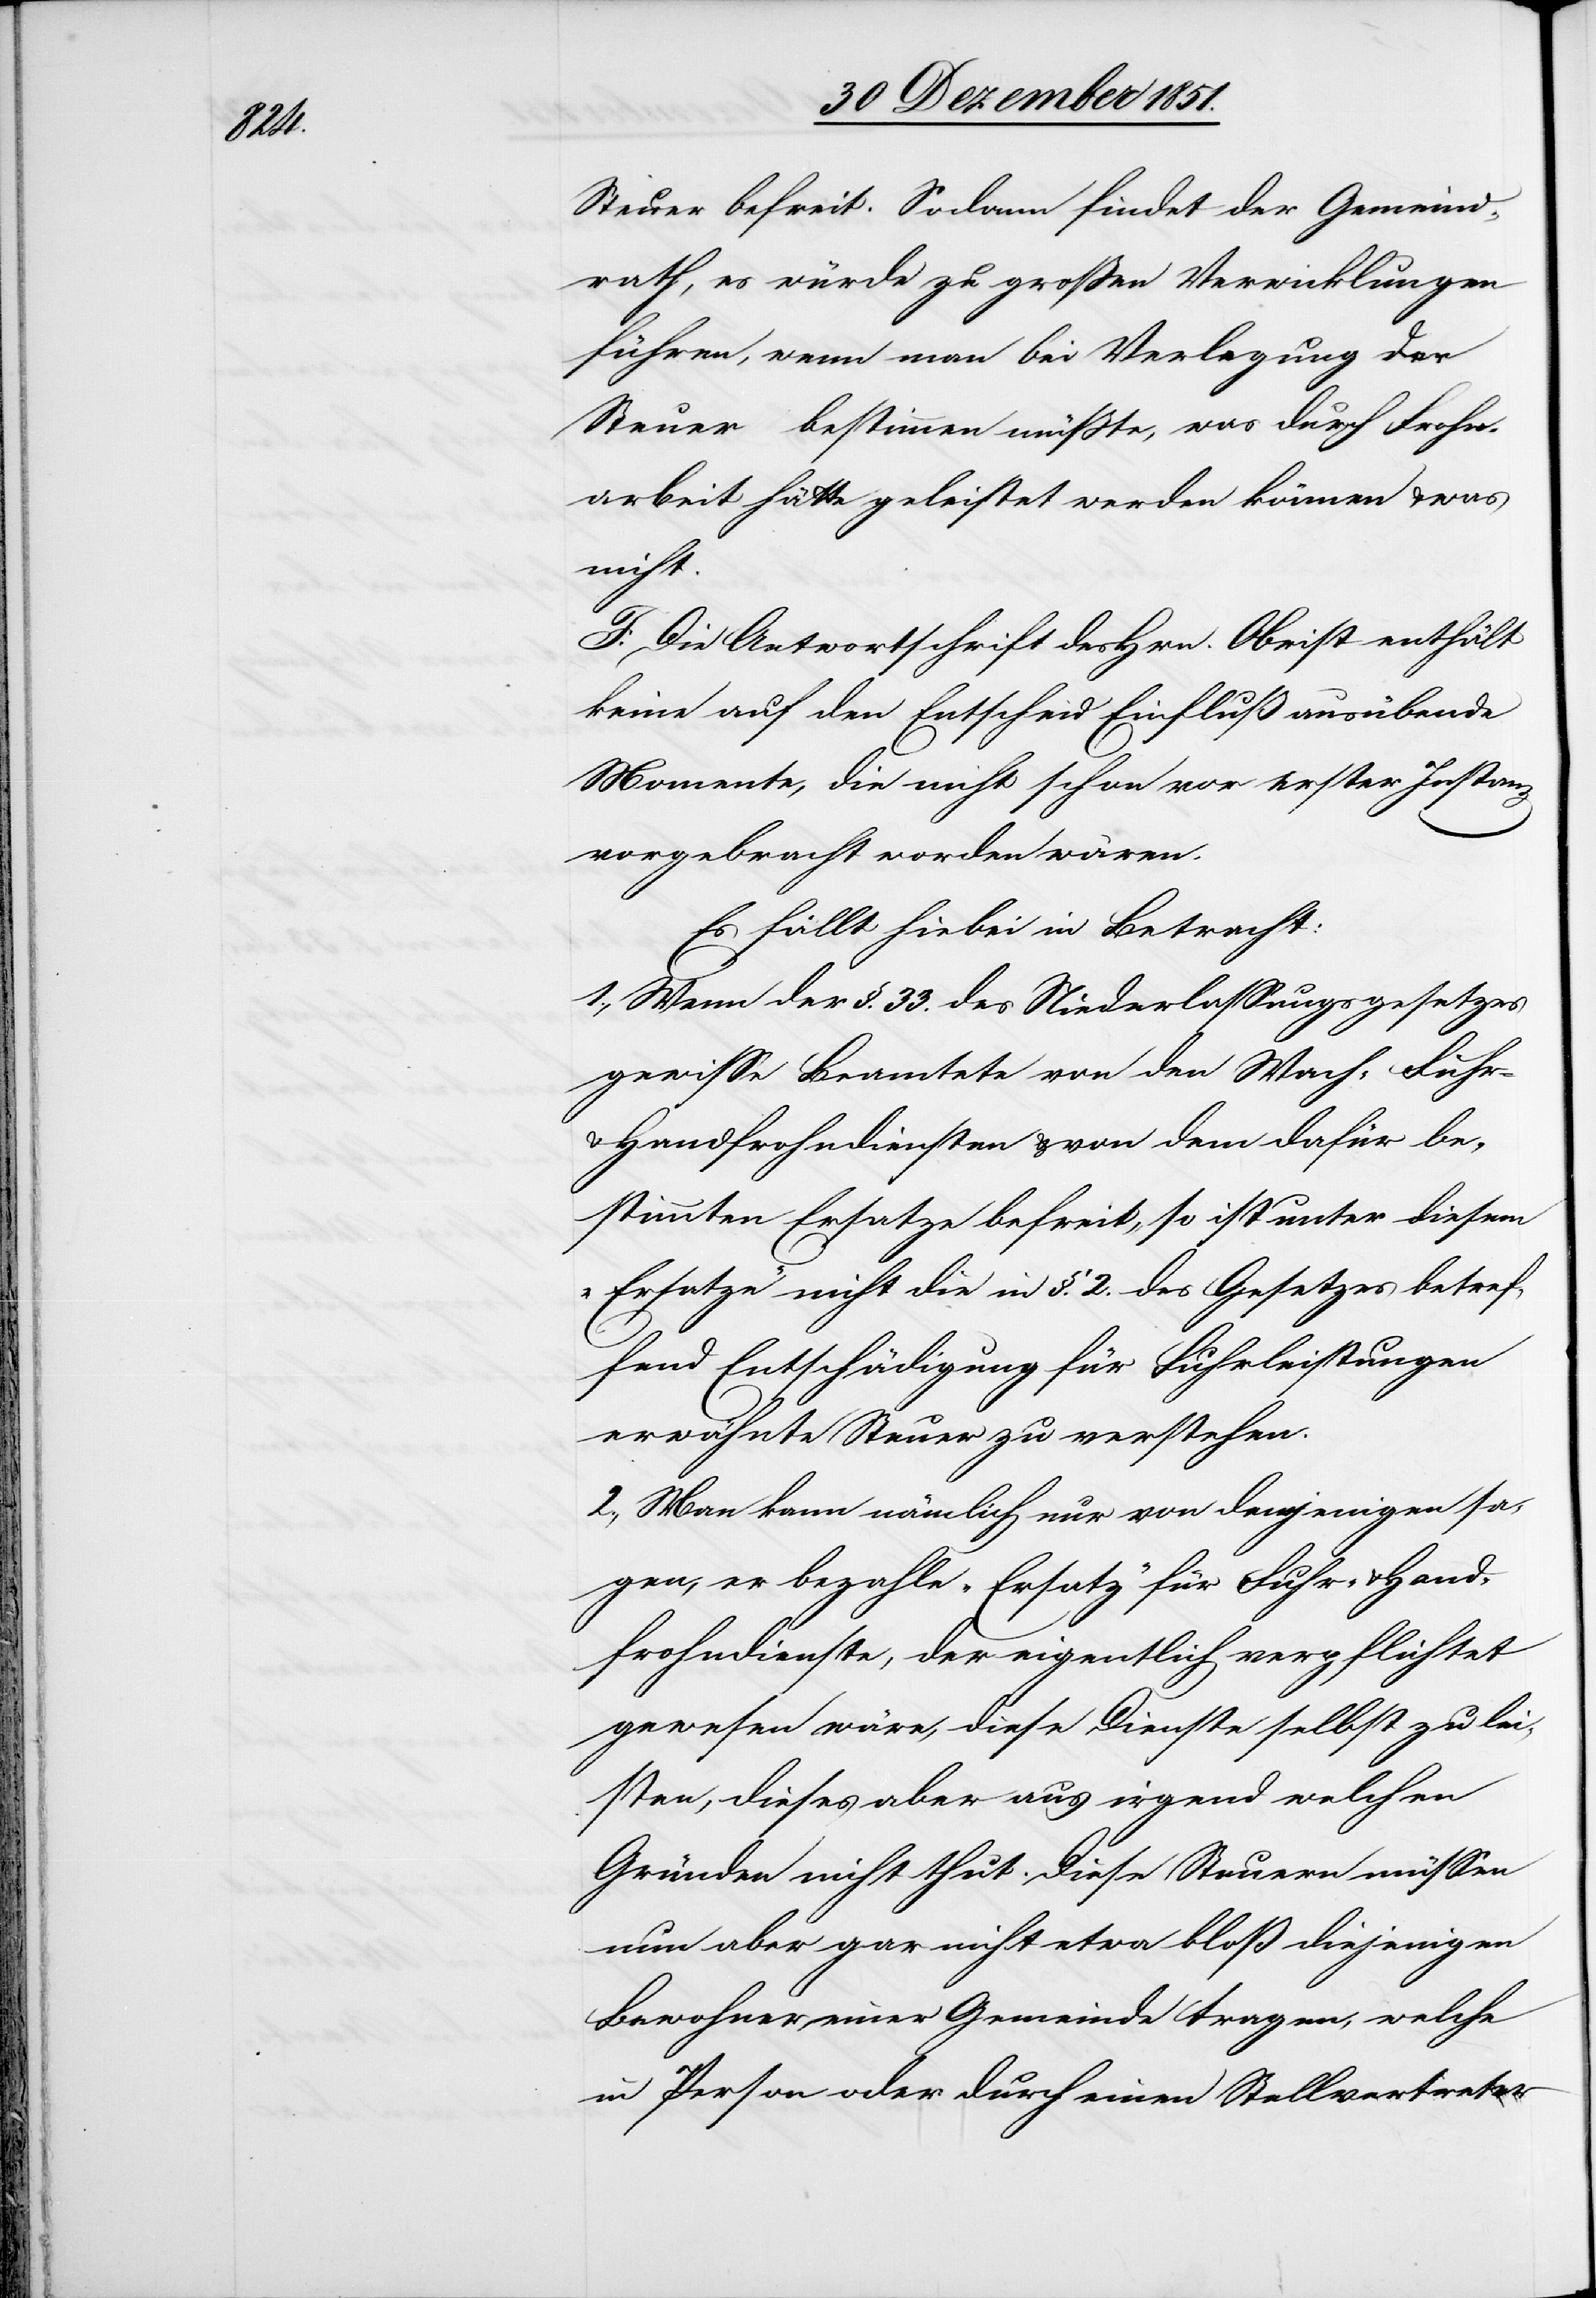
Steuer befreit. Sodann findet der Gemeind¬
rath, es würde zu großen Verwicklungen
führen, wenn man bei Verlegung der
Steuer bestimmen müßte, was durch Frohn¬
arbeit hätte geleistet werden können & was
nicht.
F. Die Antwortschrift des Hrn. Obrist enthält
keine auf den Entscheid Einfluß ausübende
Momente, die nicht schon vor erster Instanz
vorgebracht worden wären.
Es fällt hiebei in Betracht:
1., Wenn der §. 33. des Niederlassungsgesetzes
gewisse Beamtete von den Wach-[,] Fuhr-
& Handfrohndiensten & von dem dafür be¬
stimmten Ersatze befreit, so ist unter diesem
„Ersatze“ nicht die in §. 2. des Gesetzes betref¬
fend Entschädigung für Fuhrleistungen
erwähnte Steuer zu verstehen.
2., Man kann nämlich nur von demjenigen sa¬
gen, er bezahle „Ersatz“ für Fuhr- & Hand¬
frohndienste, der eigentlich verpflichtet
gewesen wäre, diese Dienste selbst zu lei¬
sten, dieses aber aus irgend welchen
Gründen nicht thut. Diese Steuern müssen
nun aber gar nicht etwa bloß diejenigen
Bewohner einer Gemeinde tragen, welche
in Person oder durch einen Stellvertreter